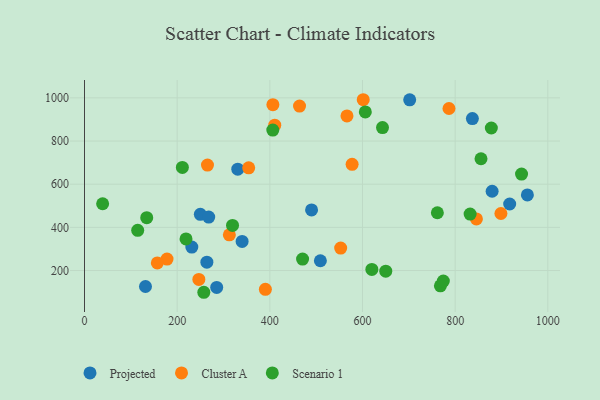
{"axis": {"x": "Experience", "y": "Fuel Efficiency"}, "legend": ["Cluster A", "Projected", "Scenario 1"], "data": [{"x": "231.6", "y": 309.0, "type": "Projected"}, {"x": "701.9", "y": 991.0, "type": "Projected"}, {"x": "131.6", "y": 126.1, "type": "Projected"}, {"x": "250.0", "y": 460.7, "type": "Projected"}, {"x": "264.1", "y": 238.8, "type": "Projected"}, {"x": "490.1", "y": 481.1, "type": "Projected"}, {"x": "879.8", "y": 567.4, "type": "Projected"}, {"x": "285.3", "y": 122.0, "type": "Projected"}, {"x": "917.7", "y": 508.4, "type": "Projected"}, {"x": "509.1", "y": 245.5, "type": "Projected"}, {"x": "340.2", "y": 334.9, "type": "Projected"}, {"x": "268.1", "y": 447.7, "type": "Projected"}, {"x": "837.2", "y": 904.3, "type": "Projected"}, {"x": "330.8", "y": 669.5, "type": "Projected"}, {"x": "955.9", "y": 550.2, "type": "Projected"}, {"x": "898.8", "y": 464.3, "type": "Cluster A"}, {"x": "601.6", "y": 991.4, "type": "Cluster A"}, {"x": "845.9", "y": 439.1, "type": "Cluster A"}, {"x": "265.4", "y": 688.7, "type": "Cluster A"}, {"x": "390.4", "y": 113.0, "type": "Cluster A"}, {"x": "410.6", "y": 873.3, "type": "Cluster A"}, {"x": "577.6", "y": 692.3, "type": "Cluster A"}, {"x": "552.9", "y": 304.3, "type": "Cluster A"}, {"x": "406.6", "y": 968.5, "type": "Cluster A"}, {"x": "786.7", "y": 950.8, "type": "Cluster A"}, {"x": "312.6", "y": 365.5, "type": "Cluster A"}, {"x": "246.8", "y": 159.1, "type": "Cluster A"}, {"x": "178.1", "y": 253.2, "type": "Cluster A"}, {"x": "157.2", "y": 235.4, "type": "Cluster A"}, {"x": "354.4", "y": 676.1, "type": "Cluster A"}, {"x": "464.1", "y": 962.2, "type": "Cluster A"}, {"x": "566.5", "y": 916.5, "type": "Cluster A"}, {"x": "943.3", "y": 647.1, "type": "Scenario 1"}, {"x": "606.1", "y": 934.7, "type": "Scenario 1"}, {"x": "211.2", "y": 678.0, "type": "Scenario 1"}, {"x": "832.3", "y": 461.6, "type": "Scenario 1"}, {"x": "643.2", "y": 862.3, "type": "Scenario 1"}, {"x": "761.6", "y": 467.7, "type": "Scenario 1"}, {"x": "319.5", "y": 409.2, "type": "Scenario 1"}, {"x": "768.2", "y": 129.3, "type": "Scenario 1"}, {"x": "878.1", "y": 860.3, "type": "Scenario 1"}, {"x": "114.8", "y": 386.4, "type": "Scenario 1"}, {"x": "855.8", "y": 718.0, "type": "Scenario 1"}, {"x": "134.3", "y": 444.9, "type": "Scenario 1"}, {"x": "650.2", "y": 197.1, "type": "Scenario 1"}, {"x": "406.4", "y": 850.8, "type": "Scenario 1"}, {"x": "257.5", "y": 99.4, "type": "Scenario 1"}, {"x": "470.7", "y": 253.1, "type": "Scenario 1"}, {"x": "774.5", "y": 151.1, "type": "Scenario 1"}, {"x": "219.1", "y": 346.6, "type": "Scenario 1"}, {"x": "39.1", "y": 509.6, "type": "Scenario 1"}, {"x": "620.2", "y": 205.3, "type": "Scenario 1"}]}